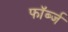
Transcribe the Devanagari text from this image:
फॉर्ब्ज